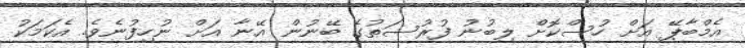
އެމްބާޕޭ އަށް ހުސްކޮށް ލިބުނު ފުރުސަތުގެ ބޭނުން އޭނާ އަށް ނުހިފުނެވެ. އެކަމަކު